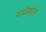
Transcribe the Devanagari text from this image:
राधेकांत